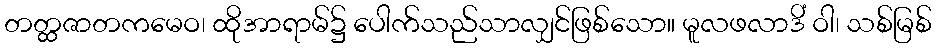
တတ္ထဇာတကမေဝ၊ ထိုအာရာမ်၌ ပေါက်သည်သာလျှင်ဖြစ်သော။ မူလဖလာဒိံ ဝါ၊ သစ်မြစ်